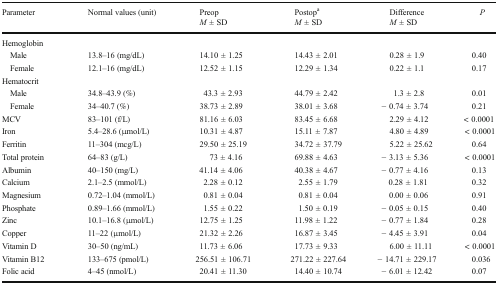
<table><thead><tr><td rowspan="2"><b>Parameter</b></td><td rowspan="2"><b>Normal values (unit)</b></td><td><b>Preop</b></td><td><b>Postop<sup>a</sup></b></td><td rowspan="2"><b>Difference<i>M</i> ± SD</b></td><td rowspan="2"><b><i>P</i></b></td></tr><tr><td><b><i>M</i> ± SD</b></td><td><b><i>M</i> ± SD</b></td></tr></thead><tbody><tr><td colspan="6">Hemoglobin</td></tr><tr><td> Male</td><td>13.8–16 (mg/dL)</td><td>14.10 ± 1.25</td><td>14.43 ± 2.01</td><td>0.28 ± 1.9</td><td>0.40</td></tr><tr><td> Female</td><td>12.1–16 (mg/dL)</td><td>12.52 ± 1.15</td><td>12.29 ± 1.34</td><td>0.22 ± 1.1</td><td>0.17</td></tr><tr><td colspan="6">Hematocrit</td></tr><tr><td> Male</td><td>34.8–43.9 (%)</td><td>43.3 ± 2.93</td><td>44.79 ± 2.42</td><td>1.3 ± 2.8</td><td>0.01</td></tr><tr><td> Female</td><td>34–40.7 (%)</td><td>38.73 ± 2.89</td><td>38.01 ± 3.68</td><td>− 0.74 ± 3.74</td><td>0.21</td></tr><tr><td>MCV</td><td>83–101 (f/L)</td><td>81.16 ± 6.03</td><td>83.45 ± 6.68</td><td>2.29 ± 4.12</td><td>&lt; 0.0001</td></tr><tr><td>Iron</td><td>5.4–28.6 (μmol/L)</td><td>10.31 ± 4.87</td><td>15.11 ± 7.87</td><td>4.80 ± 4.89</td><td>&lt; 0.0001</td></tr><tr><td>Ferritin</td><td>11–304 (mcg/L)</td><td>29.50 ± 25.19</td><td>34.72 ± 37.79</td><td>5.22 ± 25.62</td><td>0.64</td></tr><tr><td>Total protein</td><td>64–83 (g/L)</td><td>73 ± 4.16</td><td>69.88 ± 4.63</td><td>− 3.13 ± 5.36</td><td>&lt; 0.0001</td></tr><tr><td>Albumin</td><td>40–150 (mg/L)</td><td>41.14 ± 4.06</td><td>40.38 ± 4.67</td><td>− 0.77 ± 4.16</td><td>0.13</td></tr><tr><td>Calcium</td><td>2.1–2.5 (mmol/L)</td><td>2.28 ± 0.12</td><td>2.55 ± 1.79</td><td>0.28 ± 1.81</td><td>0.32</td></tr><tr><td>Magnesium</td><td>0.72–1.04 (mmol/L)</td><td>0.81 ± 0.04</td><td>0.81 ± 0.04</td><td>0.00 ± 0.06</td><td>0.91</td></tr><tr><td>Phosphate</td><td>0.89–1.66 (mmol/L)</td><td>1.55 ± 0.22</td><td>1.50 ± 0.19</td><td>− 0.05 ± 0.15</td><td>0.40</td></tr><tr><td>Zinc</td><td>10.1–16.8 (μmol/L)</td><td>12.75 ± 1.25</td><td>11.98 ± 1.22</td><td>− 0.77 ± 1.84</td><td>0.28</td></tr><tr><td>Copper</td><td>11–22 (μmol/L)</td><td>21.32 ± 2.26</td><td>16.87 ± 3.45</td><td>− 4.45 ± 3.91</td><td>0.04</td></tr><tr><td>Vitamin D</td><td>30–50 (ng/mL)</td><td>11.73 ± 6.06</td><td>17.73 ± 9.33</td><td>6.00 ± 11.11</td><td>&lt; 0.0001</td></tr><tr><td>Vitamin B12</td><td>133–675 (pmol/L)</td><td>256.51 ± 106.71</td><td>271.22 ± 227.64</td><td>− 14.71 ± 229.17</td><td>0.036</td></tr><tr><td>Folic acid</td><td>4–45 (nmol/L)</td><td>20.41 ± 11.30</td><td>14.40 ± 10.74</td><td>− 6.01 ± 12.42</td><td>0.07</td></tr></tbody></table>